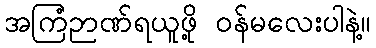
အကြံဉာဏ်ရယူဖို့ ဝန်မလေးပါနဲ့။